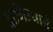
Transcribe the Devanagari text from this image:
दागिन्याने